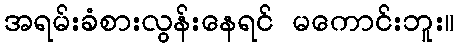
အရမ်းခံစားလွန်းနေရင် မကောင်းဘူး။